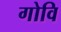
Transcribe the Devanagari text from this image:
गोवि